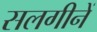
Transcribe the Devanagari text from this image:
सलगीनें